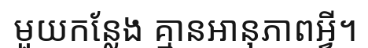
មួយកន្លែង គ្មានអានុភាពអ្វី។